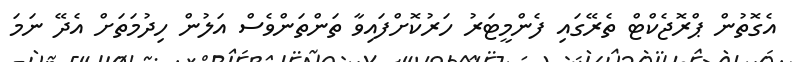
އެގޮތުން ޕްރޮޖެކްޓް ތެރޭގައި ފެންމީޓަރު ހަރުކޮށްފައިވާ ތަންތަންވެސް އަލުން ހިދުމަތަށް އެދޭ ނަމަ